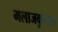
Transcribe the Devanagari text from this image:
मलाजकुण्डम